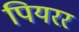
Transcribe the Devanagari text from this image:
पियरर